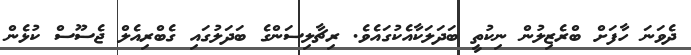
ދެވަނަ ހާފަށް ބްރެޒިލުން ނިކުތީ ބަދަލަކާއެކުގައެވެ. ރިޗާލިސަންގެ ބަދަލުގައި ގެބްރިއެލް ޖެސޫސް ކުޅެން